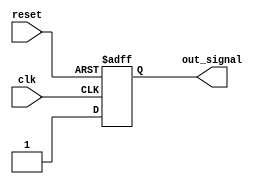
module SimpleAssignStatement(
    input wire clk,
    input wire reset,
    output reg out_signal
);

always @(posedge clk or posedge reset) begin
    if (reset) begin
        out_signal <= 0;
    end else begin
        out_signal <= 1; // Assigning a specific value to the out_signal
    end
end

endmodule